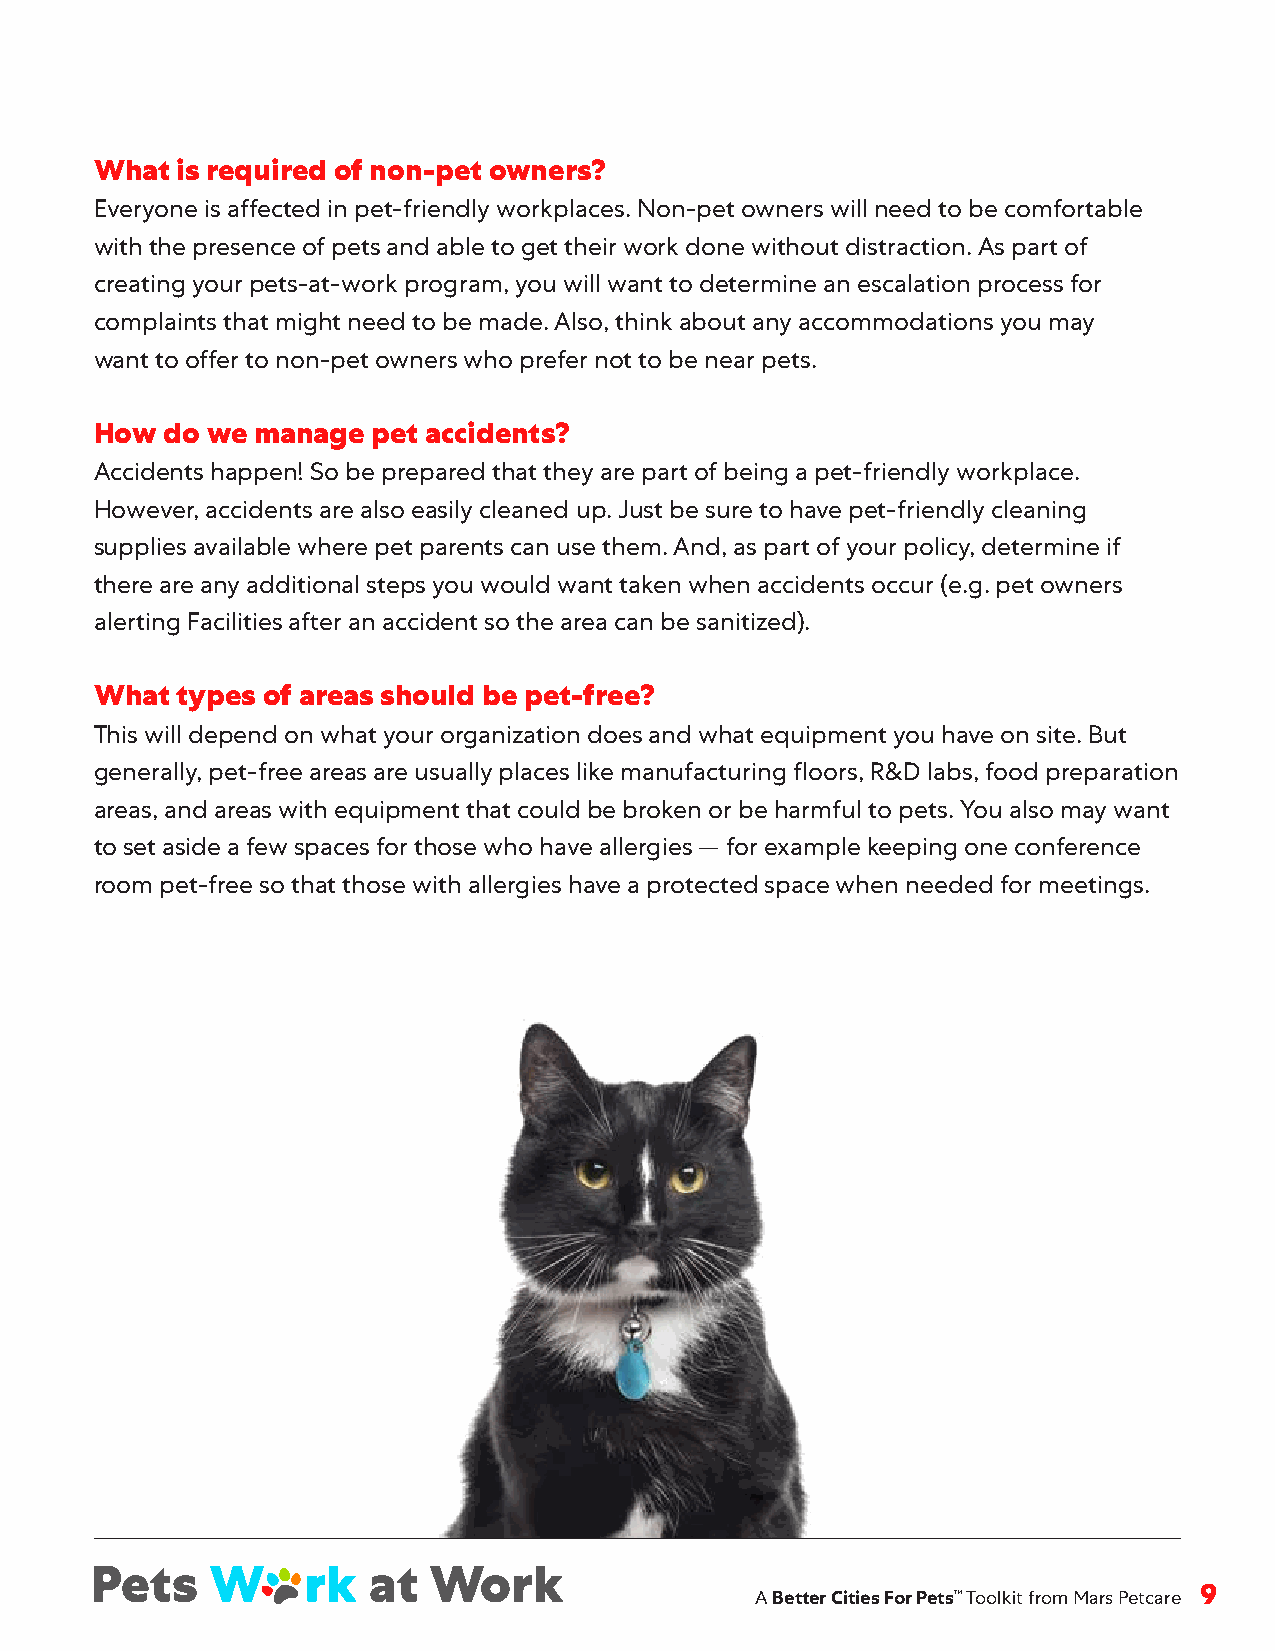
What  is required of non-pet owners?
 Everyone is affected in pet-friendly workplaces . Non-pet owners will need to be comfortable
 with the presence of pets and able to get their work done without distraction . As part of
 creating your pets-at-work program, you will want to determine an escalation process for
 complaints that might need to be made . Also, think about any accommodations you may
 want to offer to non-pet owners who prefer not to be near pets .
 How  do we manage  pet accidents?
 Accidents happen! So be prepared that they are part of being a pet-friendly workplace .
 However, accidents are also easily cleaned up . Just be sure to have pet-friendly cleaning
 supplies available where pet parents can use them . And, as part of your policy, determine if
 there are any additional steps you would want taken when accidents occur (e .g . pet owners
 alerting Facilities after an accident so the area can be sanitized) .
 What  types of areas should be pet-free?
 This will depend on what your organization does and what equipment you have on site . But
 generally, pet-free areas are usually places like manufacturing floors, R&D labs, food preparation
 areas, and areas with equipment that could be broken or be harmful to pets . You also may want
 to set aside a few spaces for those who have allergies — for example keeping one conference
 room pet-free so that those with allergies have a protected space when needed for meetings .
 A Better Cities For Pets™ Toolkit from Mars Petcare 9